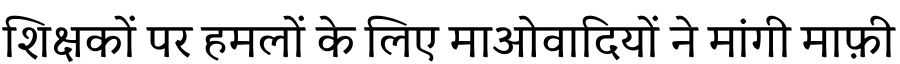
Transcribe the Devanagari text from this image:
शिक्षकों पर हमलों के लिए माओवादियों ने मांगी माफ़ी